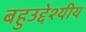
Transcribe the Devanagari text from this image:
बहुउद्देश्‍यीय